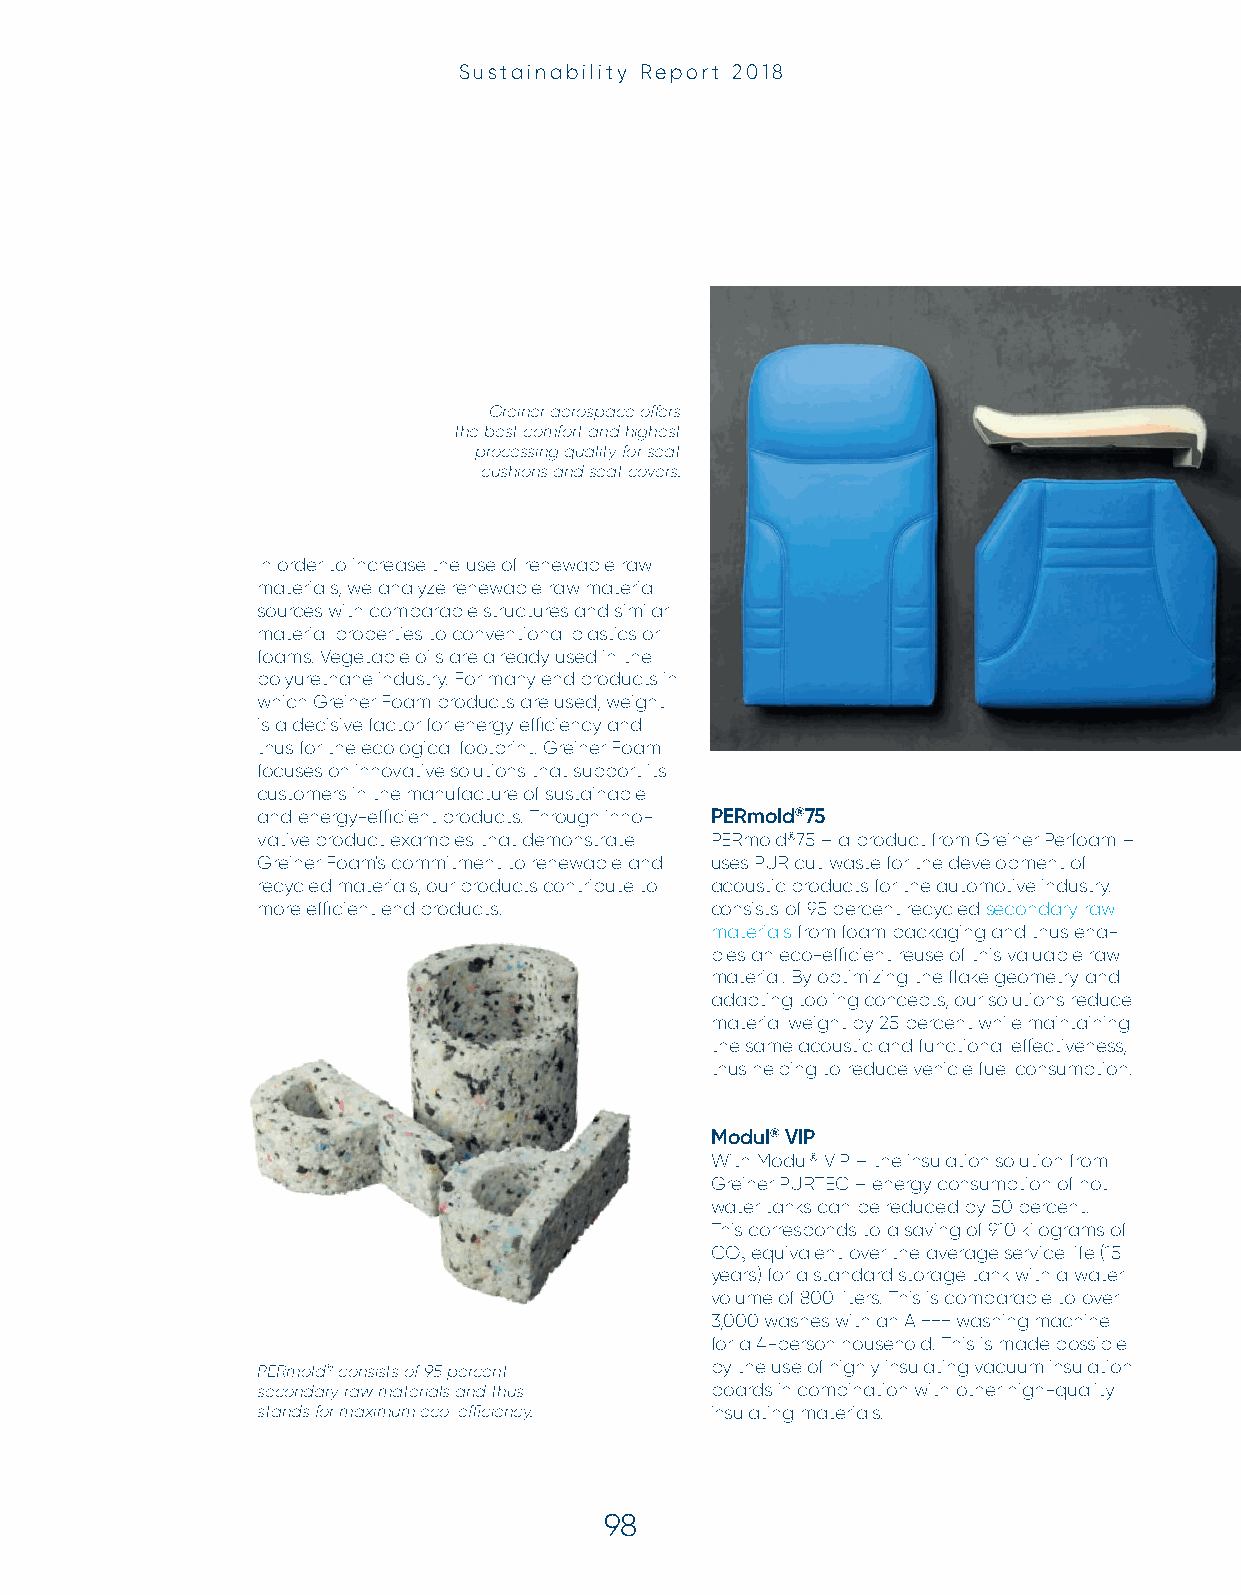
Sustainability Report 2018
 Greiner aerospace off ers
 the best comfort and highest
 processing quality for seat
 cushions and seat covers.
 In order to increase the use of renewable raw
 materials, we analyze renewable raw material
 sources with comparable structures and similar
 material properties to conventional plastics or
 foams. Vegetable oils are already used in the
 polyurethane industry. For many end products in
 which Greiner Foam products are used, weight
 is a decisive factor for energy effi ciency and
 thus for the ecological footprint. Greiner Foam
 focuses on innovative solutions that support its
 customers in the manufacture of sustainable
 and energy-effi cient products. Through inno- PERmold®75
 vative product examples that demonstrate PERmold®75 – a product from Greiner Perfoam –
 Greiner Foam's commitment to renewable and uses PUR cut waste for the development of
 recycled materials, our products contribute to acoustic products for the automotive industry.
 more effi cient end products. consists of 95 percent recycled secondary raw
 materials from foam packaging and thus ena-
 bles an eco-effi cient reuse of this valuable raw
 material. By optimizing the fl ake geometry and
 adapting tooling concepts, our solutions reduce
 material weight by 25 percent while maintaining
 the same acoustic and functional eff ectiveness,
 thus helping to reduce vehicle fuel consumption.
 Modul® VIP
 With Modul® VIP – the insulation solution from
 Greiner PURTEC – energy consumption of hot
 water tanks can be reduced by 50 percent.
 This corresponds to a saving of 910 kilograms of
 CO equivalent over the average service life (15
 2
 years) for a standard storage tank with a water
 volume of 800 liters. This is comparable to over
 3,000 washes with an A +++ washing machine
 for a 4-person household. This is made possible
 PERmold® consists of 95 percent by the use of highly insulating vacuum insulation
 secondary raw materials and thus boards in combination with other high-quality
 stands for maximum eco-effi ciency. insulating materials.
 98